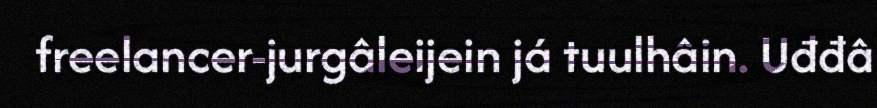
freelancer-jurgâleijein já tuulhâin. Uđđâ